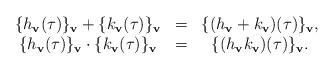
LaTeX: \begin{align*}\begin{array}{ccc}\{h_\mathbf{v}(\tau)\}_\mathbf{v}+\{k_\mathbf{v}(\tau)\}_\mathbf{v}&=&\{(h_\mathbf{v}+k_\mathbf{v})(\tau)\}_\mathbf{v},\\\{h_\mathbf{v}(\tau)\}_\mathbf{v}\cdot\{k_\mathbf{v}(\tau)\}_\mathbf{v}&=&\{(h_\mathbf{v}k_\mathbf{v})(\tau)\}_\mathbf{v}.\end{array}\end{align*}